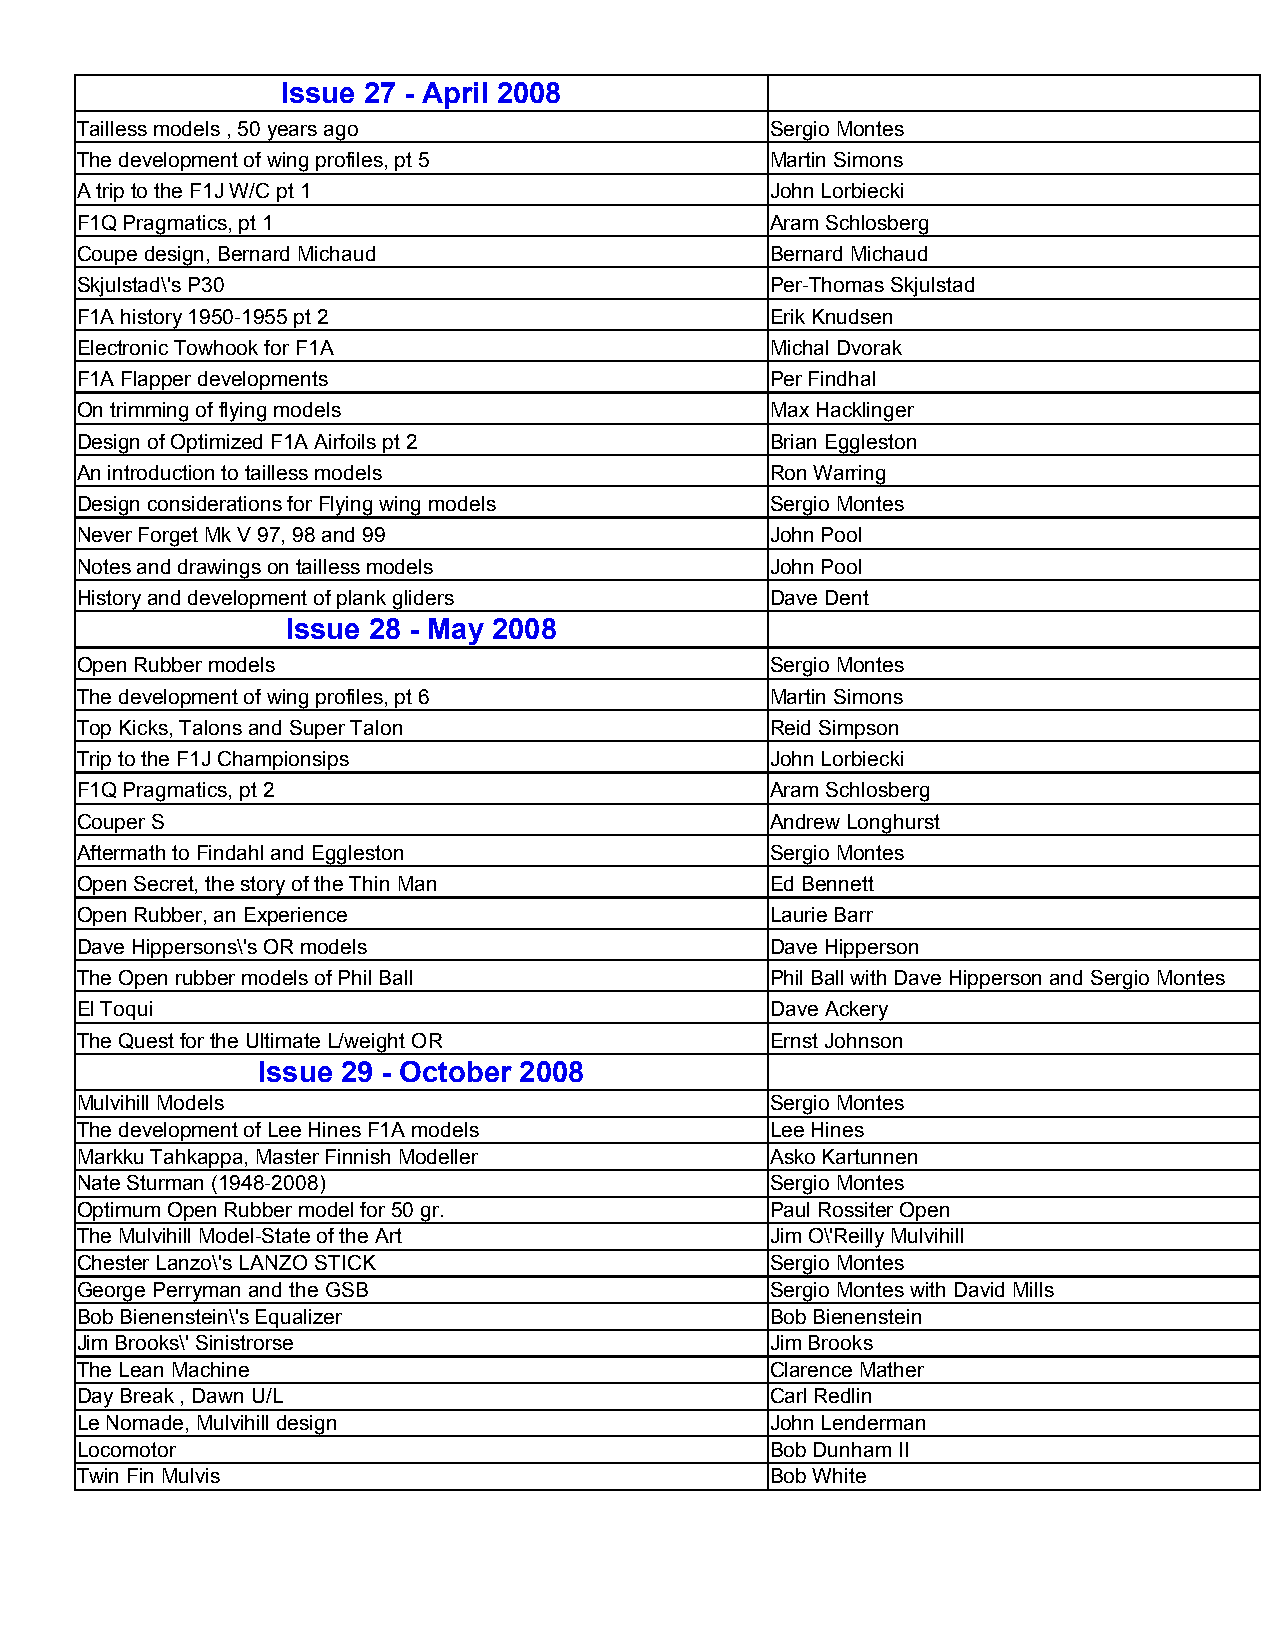
Issue 27 - April 2008
 Tailless models , 50 years ago                Sergio Montes
 The development of wing profiles, pt 5        Martin Simons
 A trip to the F1J W/C pt 1                    John Lorbiecki
 F1Q Pragmatics, pt 1                          Aram Schlosberg
 Coupe design, Bernard Michaud                 Bernard Michaud
 Skjulstad\'s P30                              Per-Thomas Skjulstad
 F1A history 1950-1955 pt 2                    Erik Knudsen
 Electronic Towhook for F1A                    Michal Dvorak
 F1A Flapper developments                      Per Findhal
 On trimming of flying models                  Max Hacklinger
 Design of Optimized F1A Airfoils pt 2         Brian Eggleston
 An introduction to tailless models            Ron Warring
 Design considerations for Flying wing models  Sergio Montes
 Never Forget Mk V 97, 98 and 99               John Pool
 Notes and drawings on tailless models         John Pool
 History and development of plank gliders      Dave Dent
 Issue 28 - May 2008
 Open Rubber models                            Sergio Montes
 The development of wing profiles, pt 6        Martin Simons
 Top Kicks, Talons and Super Talon             Reid Simpson
 Trip to the F1J Championsips                  John Lorbiecki
 F1Q Pragmatics, pt 2                          Aram Schlosberg
 Couper S                                      Andrew Longhurst
 Aftermath to Findahl and Eggleston            Sergio Montes
 Open Secret, the story of the Thin Man        Ed Bennett
 Open Rubber, an Experience                    Laurie Barr
 Dave Hippersons\'s OR models                  Dave Hipperson
 The Open rubber models of Phil Ball           Phil Ball with Dave Hipperson and Sergio Montes
 El Toqui                                      Dave Ackery
 The Quest for the Ultimate L/weight OR        Ernst Johnson
 Issue 29 - October 2008
 Mulvihill Models                              Sergio Montes
 The development of Lee Hines F1A models       Lee Hines
 Markku Tahkappa, Master Finnish Modeller      Asko Kartunnen
 Nate Sturman (1948-2008)                      Sergio Montes
 Optimum Open Rubber model for 50 gr.          Paul Rossiter Open
 The Mulvihill Model-State of the Art          Jim O\'Reilly Mulvihill
 Chester Lanzo\'s LANZO STICK                  Sergio Montes
 George Perryman and the GSB                   Sergio Montes with David Mills
 Bob Bienenstein\'s Equalizer                  Bob Bienenstein
 Jim Brooks\' Sinistrorse                      Jim Brooks
 The Lean Machine                              Clarence Mather
 Day Break , Dawn U/L                          Carl Redlin
 Le Nomade, Mulvihill design                   John Lenderman
 Locomotor                                     Bob Dunham II
 Twin Fin Mulvis                               Bob White